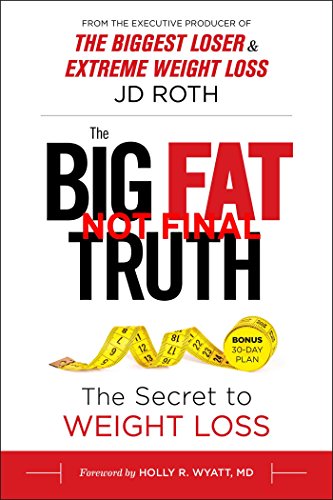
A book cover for The Big Fat Truth: Behind-the-Scenes Secrets to Weight Loss; J.D. Roth; Self-Help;